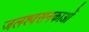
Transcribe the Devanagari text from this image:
जलश्वसनकाओं